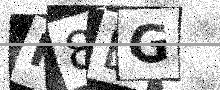
Text: K8BG